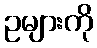
ဥများကို